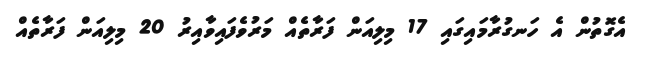
އެގޮޮތުން އެ ހަނގުރާމައިގައި 17 މިލިއަން ފަރާތެއް މަރުވެފައިވާއިރު 20 މިލިއަން ފަރާތެއް